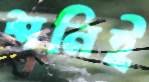
শনিই